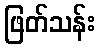
ဖြတ်သန်း